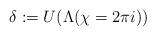
LaTeX: \begin{align*}\delta :=U(\Lambda (\chi =2\pi i)) \end{align*}